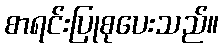
စာရင်းပြုစုပေးသည်။